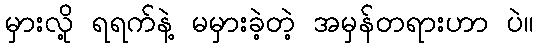
မှားလို့ ရရက်နဲ့ မမှားခဲ့တဲ့ အမှန်တရားဟာ ပဲ။